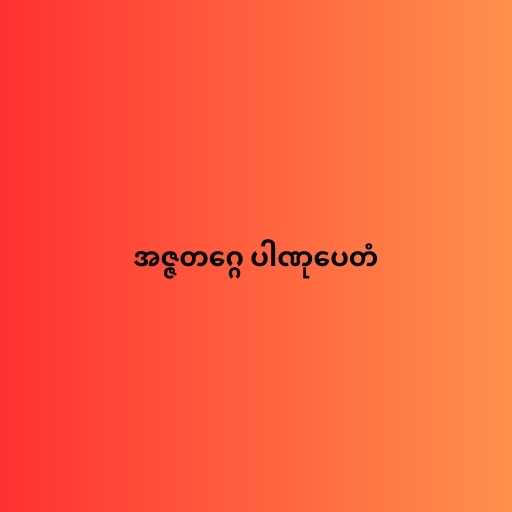
အဇ္ဇတဂ္ဂေ ပါဏုပေတံ